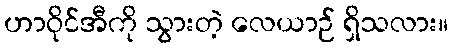
ဟာဝိုင်အီကို သွားတဲ့ လေယာဉ် ရှိသလား။